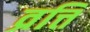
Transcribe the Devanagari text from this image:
व्रत्ति